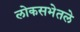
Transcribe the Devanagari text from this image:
लोकसभेतले